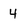
Character: 4